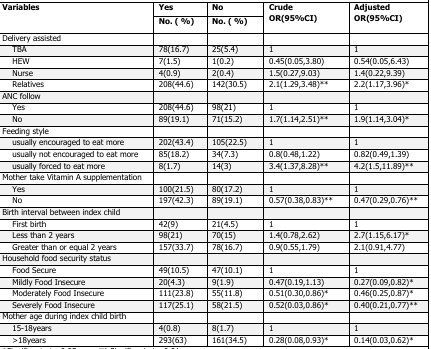
<table><thead><tr><td rowspan="2"><b>Variables</b></td><td><b>Yes</b></td><td><b>No</b></td><td rowspan="2"><b>Crude OR(95%CI)</b></td><td rowspan="2"><b>Adjusted OR(95%CI)</b></td></tr><tr><td><b>No. (%)</b></td><td><b>No. (%)</b></td></tr></thead><tbody><tr><td>Delivery assisted</td><td></td><td></td><td></td><td></td></tr><tr><td>TBA</td><td>78(16.7)</td><td>25(5.4)</td><td>1</td><td>1</td></tr><tr><td>HEW</td><td>7(1.5)</td><td>1(0.2)</td><td>0.45(0.05,3.80)</td><td>0.54(0.05,6.43)</td></tr><tr><td>Nurse</td><td>4(0.9)</td><td>2(0.4)</td><td>1.5(0.27,9.03)</td><td>1.4(0.22,9.39)</td></tr><tr><td>Relatives</td><td>208(44.6)</td><td>142(30.5)</td><td>2.1(1.29,3.48)**</td><td>2.2(1.17,3.96)*</td></tr><tr><td>ANC follow</td><td></td><td></td><td></td><td></td></tr><tr><td>Yes</td><td>208(44.6)</td><td>98(21)</td><td>1</td><td>1</td></tr><tr><td>No</td><td>89(19.1)</td><td>71(15.2)</td><td>1.7(1.14,2.51)**</td><td>1.9(1.14,3.04)*</td></tr><tr><td>Feeding style</td><td></td><td></td><td></td><td></td></tr><tr><td>usually encouraged to eat more</td><td>202(43.4)</td><td>105(22.5)</td><td>1</td><td>1</td></tr><tr><td>usually not encouraged to eat more</td><td>85(18.2)</td><td>34(7.3)</td><td>0.8(0.48,1.22)</td><td>0.82(0.49,1.39)</td></tr><tr><td>usually forced to eat more</td><td>8(1.7)</td><td>14(3)</td><td>3.4(1.37,8.28)**</td><td>4.2(1.5,11.89)**</td></tr><tr><td>Mother take Vitamin A supplementation</td><td></td><td></td><td></td><td></td></tr><tr><td>Yes</td><td>100(21.5)</td><td>80(17.2)</td><td>1</td><td>1</td></tr><tr><td>No</td><td>197(42.3)</td><td>89(19.1)</td><td>0.57(0.38,0.83)**</td><td>0.47(0.29,0.76)**</td></tr><tr><td>Birth interval between index child</td><td></td><td></td><td></td><td></td></tr><tr><td>First birth</td><td>42(9)</td><td>21(4.5)</td><td>1</td><td>1</td></tr><tr><td>Less than 2 years</td><td>98(21)</td><td>70(15)</td><td>1.4(0.78,2.62)</td><td>2.7(1.15,6.17)*</td></tr><tr><td>Greater than or equal 2 years</td><td>157(33.7)</td><td>78(16.7)</td><td>0.9(0.55,1.79)</td><td>2.1(0.91,4.77)</td></tr><tr><td>Household food security status</td><td></td><td></td><td></td><td></td></tr><tr><td>Food Secure</td><td>49(10.5)</td><td>47(10.1)</td><td>1</td><td>1</td></tr><tr><td>Mildly Food Insecure</td><td>20(4.3)</td><td>9(1.9)</td><td>0.47(0.19,1.13)</td><td>0.27(0.09,0.82)*</td></tr><tr><td>Moderately Food Insecure</td><td>111(23.8)</td><td>55(11.8)</td><td>0.51(0.30,0.86)*</td><td>0.46(0.25,0.87)*</td></tr><tr><td>Severely Food Insecure</td><td>117(25.1)</td><td>58(21.5)</td><td>0.52(0.03,0.86)*</td><td>0.40(0.21,0.77)**</td></tr><tr><td>Mother age during index child birth</td><td></td><td></td><td></td><td></td></tr><tr><td>15-18years</td><td>4(0.8)</td><td>8(1.7)</td><td>1</td><td>1</td></tr><tr><td>&gt; 18years</td><td>293(63)</td><td>161(34.5)</td><td>0.28(0.08,0.93)*</td><td>0.14(0.03,0.62)*</td></tr></tbody></table>